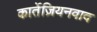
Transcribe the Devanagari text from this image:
कार्तेज़ियनवाद